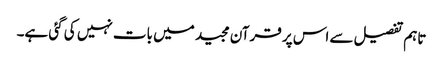
تاہم تفصیل سے اس پر قرآن مجید میں بات نہیں کی گئی ہے۔